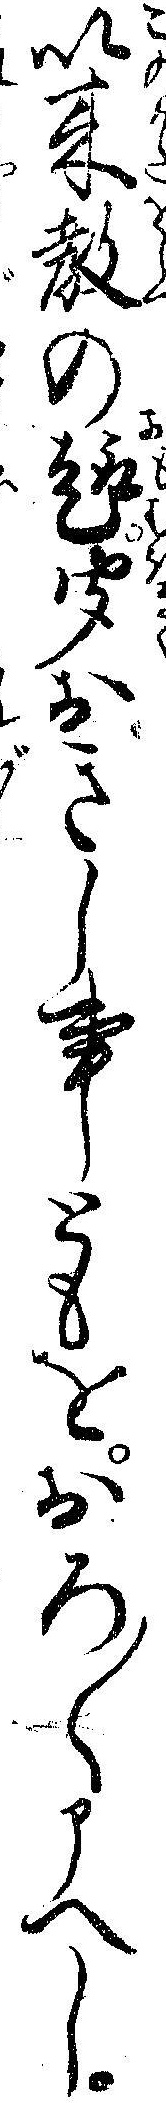
以来教の趣聞おきし事ともをおろ〱申へし